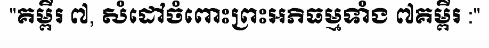
"គម្ពីរ ៧, សំដៅចំពោះព្រះអភិធម្មទាំង ៧គម្ពីរ :"